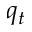
q _ { t }